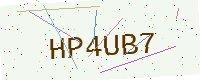
Text: HP4UB7